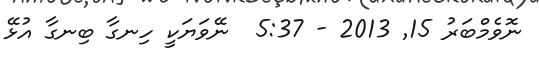
ނޮވެމްބަރު 15